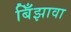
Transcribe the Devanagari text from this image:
बिँझावा